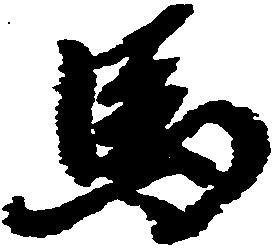
馬